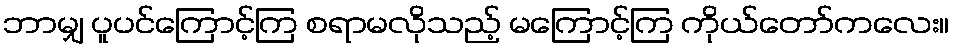
ဘာမျှ ပူပင်ကြောင့်ကြ စရာမလိုသည့် မကြောင့်ကြ ကိုယ်တော်ကလေး။